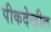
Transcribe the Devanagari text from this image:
पीकदेखील